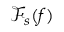
{ \mathcal { F } } _ { s } ( f )